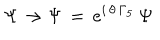
LaTeX: \Psi \rightarrow \Psi \, = \, e ^ { i \, \theta \, \Gamma _ { 5 } } \, \Psi